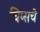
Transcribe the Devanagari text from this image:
चिप्सचे